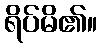
ရိပ်မိ၏။